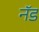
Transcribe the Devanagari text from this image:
नॅड